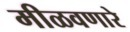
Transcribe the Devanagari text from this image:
मीळवणारे